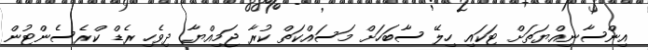
އިންސާނިއްޔަތަށް ޓަކައި ހިލޭ ސާބަހަށް މަސައްކަތް ކުރާ ޖަމިއްޔާ ދިވެހި ރެޑް ކްރެސެންޓުން